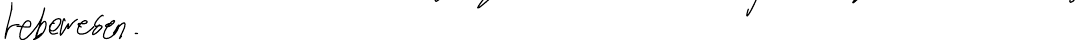
Lebewesen.